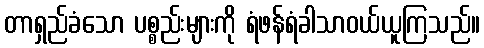
တာရှည်ခံသော ပစ္စည်းများကို ရံဖန်ရံခါသာဝယ်ယူကြသည်။